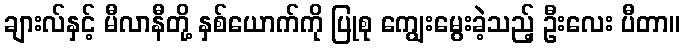
ချားလ်နှင့် မီလာနီတို့ နှစ်ယောက်ကို ပြုစု ကျွေးမွေးခဲ့သည့် ဦးလေး ပီတာ။